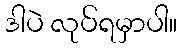
ဒါပဲ လုပ်ရမှာပါ။